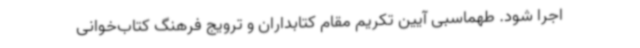
اجرا شود. طهماسبی آیین تکریم مقام کتابداران و ترویج فرهنگ کتاب‌خوانی